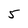
Character: 5